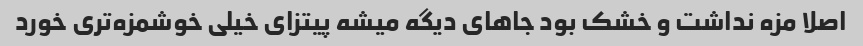
اصلا مزه نداشت و خشک بود جاهای دیگه میشه پیتزای خیلی خوشمزه‌تری خورد